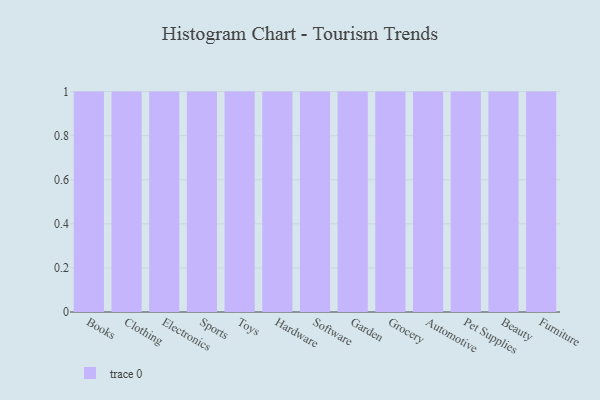
{"axis": {"x": "Category", "y": "Humidity (%)"}, "legend": [""], "data": [{"x": "Books", "y": 94, "type": ""}, {"x": "Clothing", "y": 99, "type": ""}, {"x": "Electronics", "y": 90, "type": ""}, {"x": "Sports", "y": 78, "type": ""}, {"x": "Toys", "y": 88, "type": ""}, {"x": "Hardware", "y": 73, "type": ""}, {"x": "Software", "y": 13, "type": ""}, {"x": "Garden", "y": 81, "type": ""}, {"x": "Grocery", "y": 86, "type": ""}, {"x": "Automotive", "y": 82, "type": ""}, {"x": "Pet Supplies", "y": 95, "type": ""}, {"x": "Beauty", "y": 19, "type": ""}, {"x": "Furniture", "y": 16, "type": ""}]}